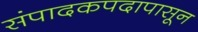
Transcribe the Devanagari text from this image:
संपादकपदापासून